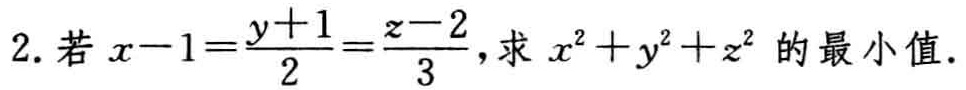
2. 若\(x - 1=\frac{y + 1}{2}=\frac{z - 2}{3}\)，求\(x^{2}+y^{2}+z^{2}\) 的最小值.